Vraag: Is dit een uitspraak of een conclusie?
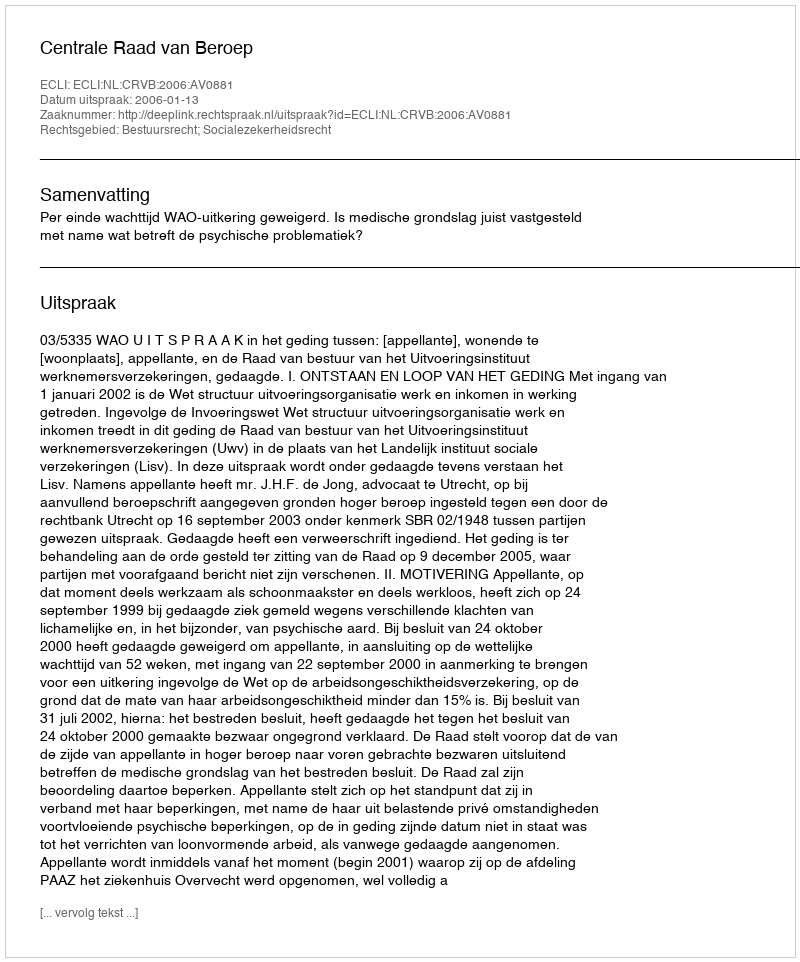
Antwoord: Uitspraak